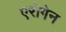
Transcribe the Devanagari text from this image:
एरोगेन